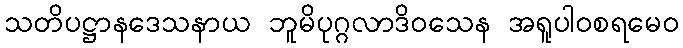
သတိပဋ္ဌာနဒေသနာယ ဘူမိပုဂ္ဂလာဒိဝသေန အရူပါဝစရမေဝ